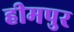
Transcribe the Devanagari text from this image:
हीमपुर